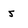
Character: s